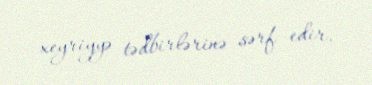
xeyriyyə tədbirlərinə sərf edir.